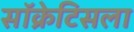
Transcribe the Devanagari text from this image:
सॉक्रेटिसला